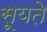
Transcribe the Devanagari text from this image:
सूयते